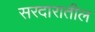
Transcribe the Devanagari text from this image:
सरदारातील